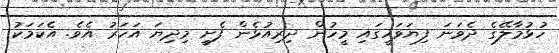
ހުޅުމާލޭގެ ދެވަނަ ފިޔަވަހީގައި މީހުން ދިރިއުޅެން ފެށީ މިދިޔަ އަހަރު އެވެ. އެކަމަކު